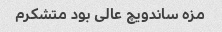
مزه ساندویچ عالی بود متشکرم